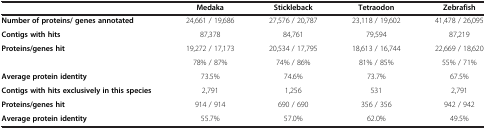
|  | Medaka | Stickleback | Tetraodon | Zebrafish |
 | --- | --- | --- | --- | --- |
 | Number of proteins/ genes annotated | 24,661 / 19,686 | 27,576 / 20,787 | 23,118 / 19,602 | 41,478 / 26,095 |
 | Contigs with hits | 87,378 | 84,761 | 79,594 | 87,219 |
 | <ROWSPAN=2> Proteins/genes hit | 19,272 / 17,173 | 20,534 / 17,795 | 18,613 / 16,744 | 22,669 / 18,620 |
 | 78% / 87% | 74% / 86% | 81% / 85% | 55% / 71% |
 | Average protein identity | 73.5% | 74.6% | 73.7% | 67.5% |
 | Contigs with hits exclusively in this species | 2,791 | 1,256 | 531 | 2,791 |
 | Proteins/genes hit | 914 / 914 | 690 / 690 | 356 / 356 | 942 / 942 |
 | Average protein identity | 55.7% | 57.0% | 62.0% | 49.5% |